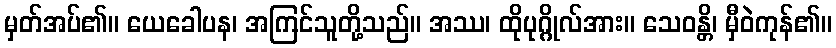
မှတ်အပ်၏။ ယေခေါပန၊ အကြင်သူတို့သည်။ အဿ၊ ထိုပုဂ္ဂိုလ်အား။ သေဝန္တိ၊ မှီဝဲကုန်၏။